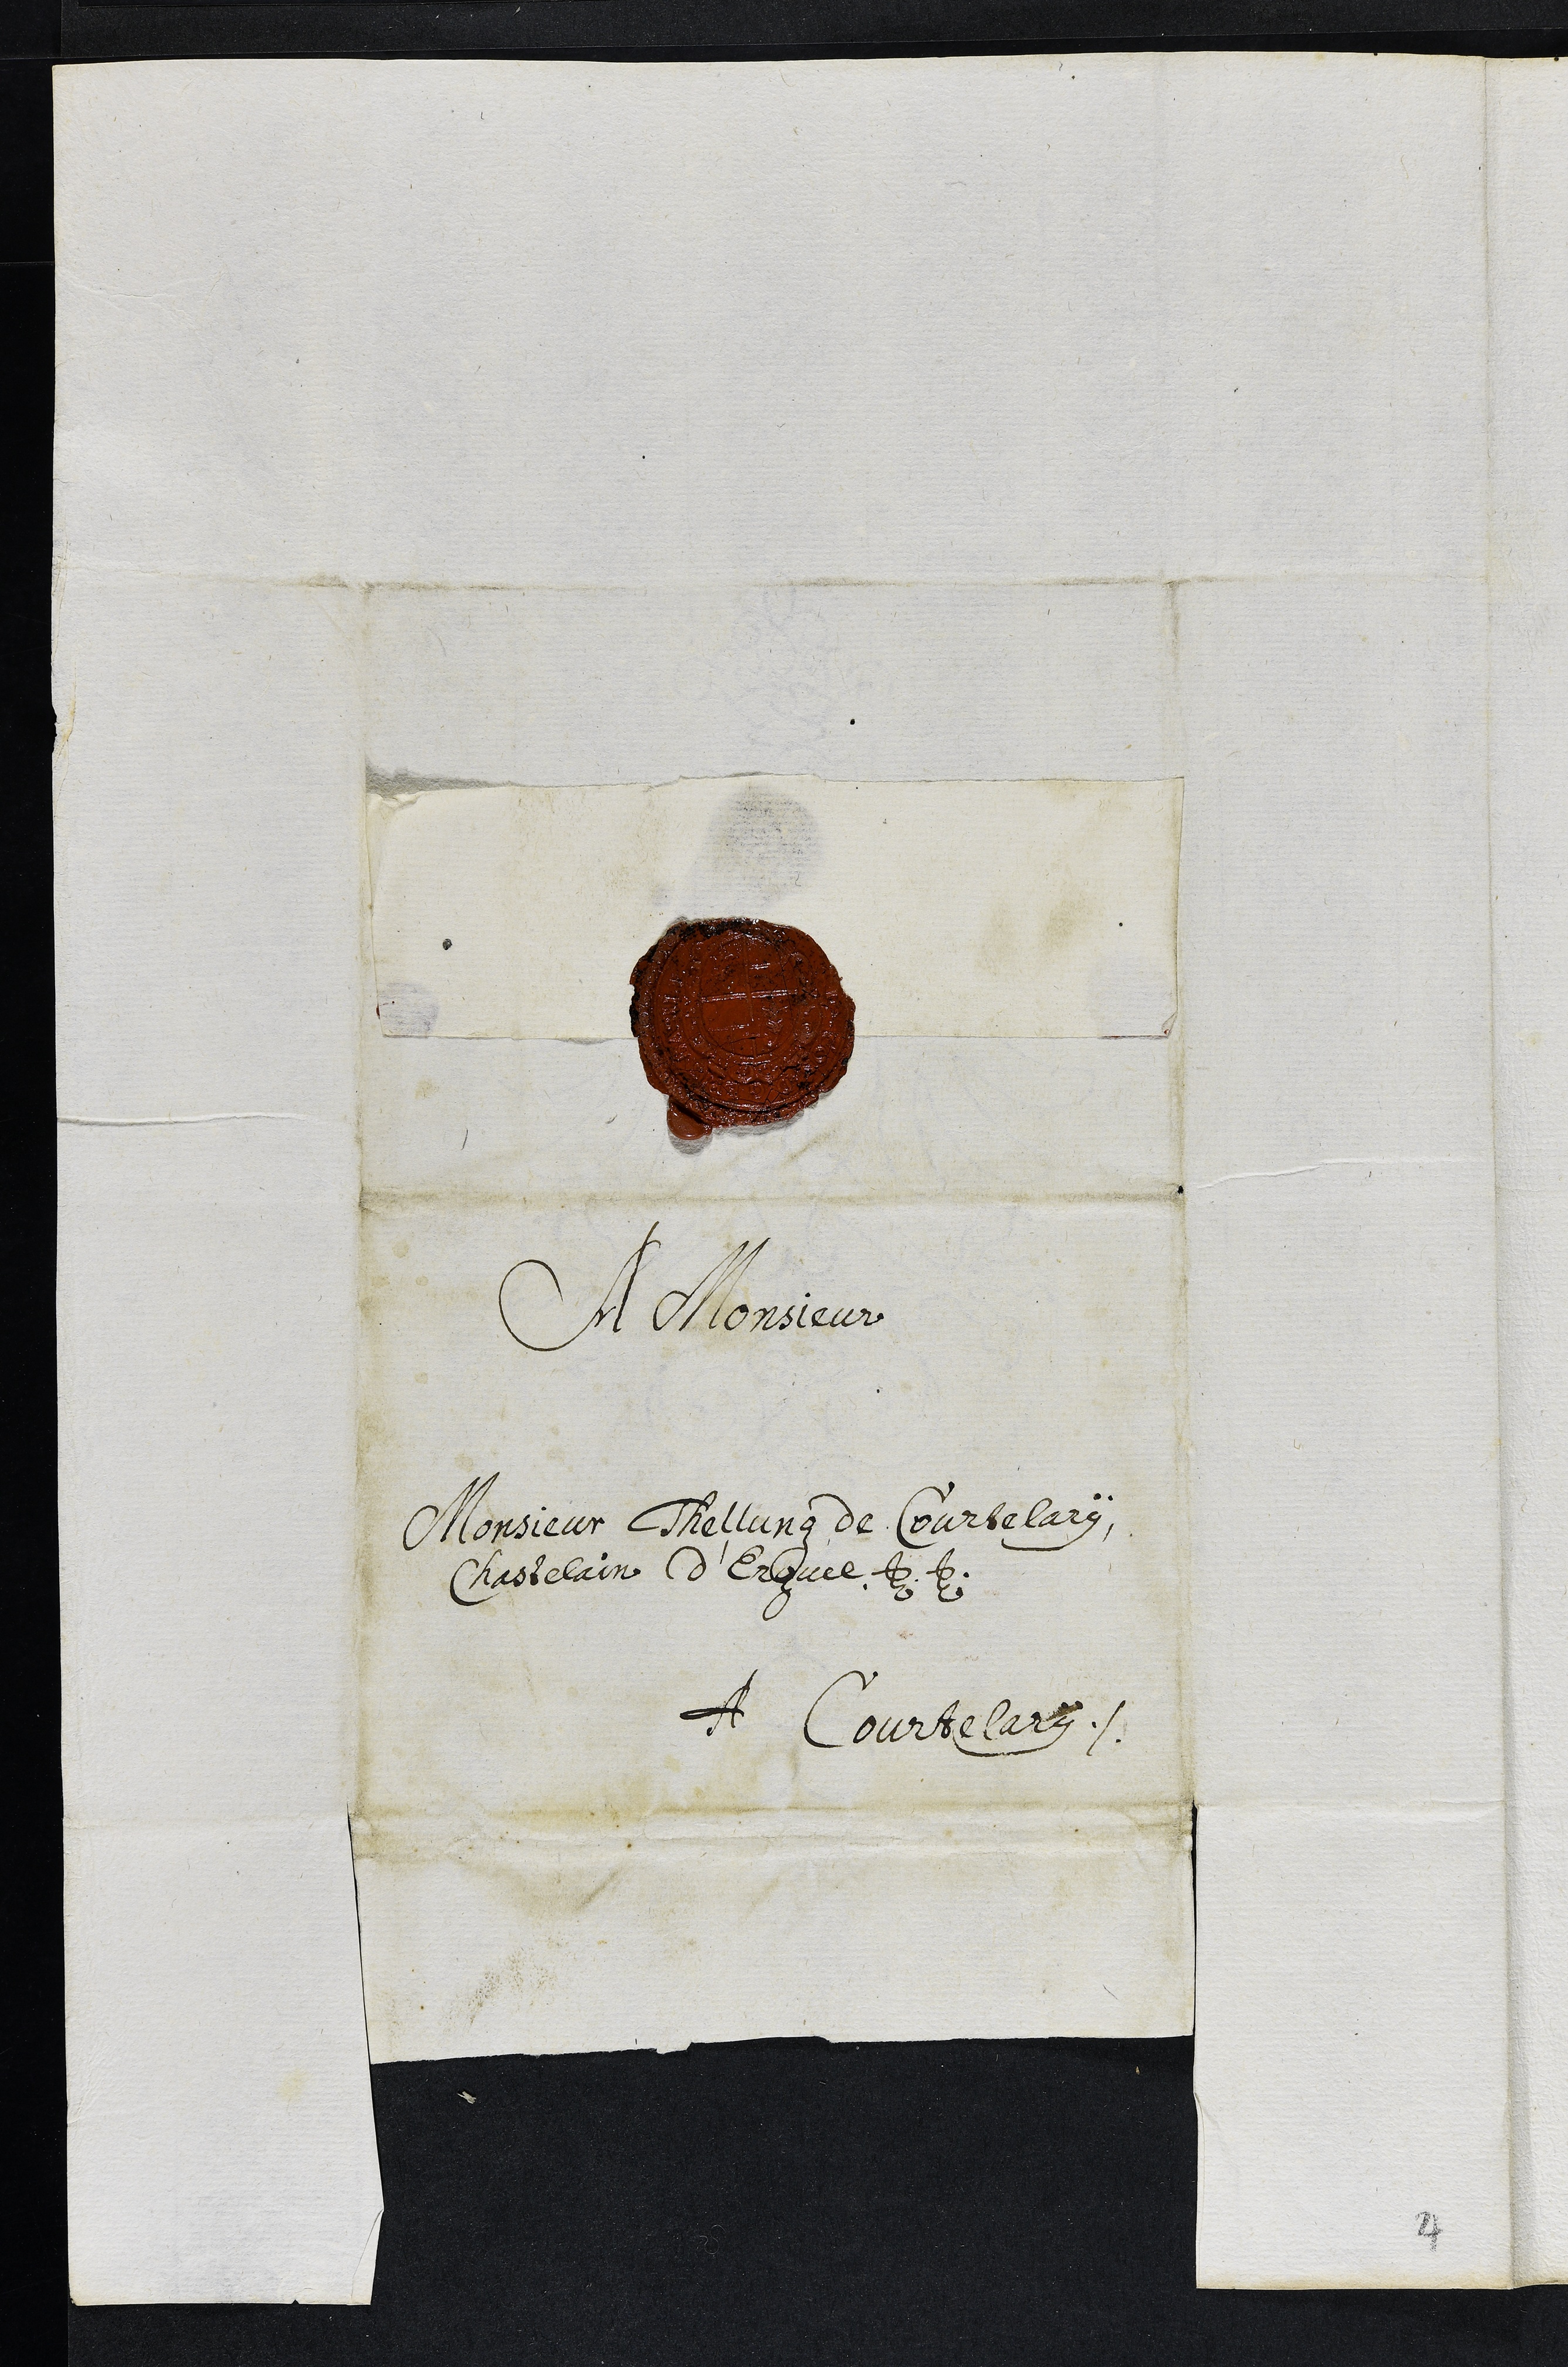
A Monsieur
Monsieur Thellung de Courtelary
Chastelain d'Erguel
A Courtelary
4